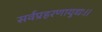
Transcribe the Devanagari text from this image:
सर्वप्रहरणायुधः।।